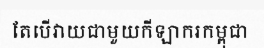
តែបើវាយជាមួយកីឡាករកម្ពុជា